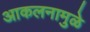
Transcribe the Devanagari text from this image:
आकलनामुळे